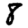
Digit: 8